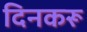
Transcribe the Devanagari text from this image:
दिनकरू